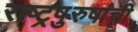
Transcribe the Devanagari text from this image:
राष्ट्रपुरुषांची